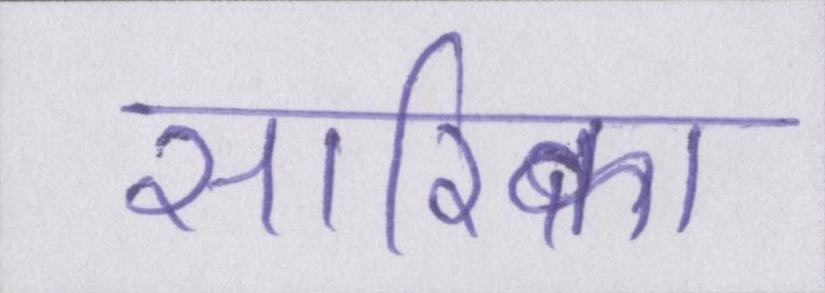
सारिका